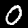
Digit: 0